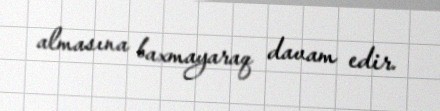
almasına baxmayaraq davam edir.